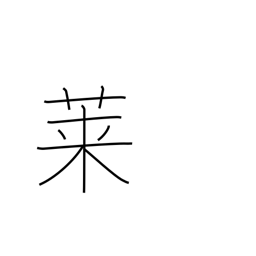
Meaning: goosefoot